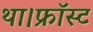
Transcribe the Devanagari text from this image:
था।फ्रॉस्ट